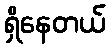
ရှိနေတယ်